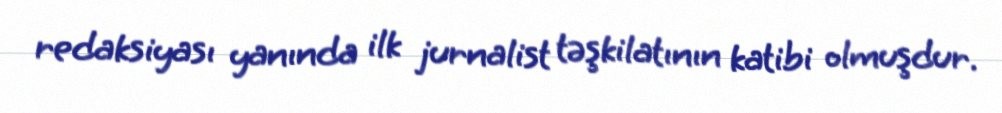
redaksiyası yanında ilk jurnalist təşkilatının katibi olmuşdur.